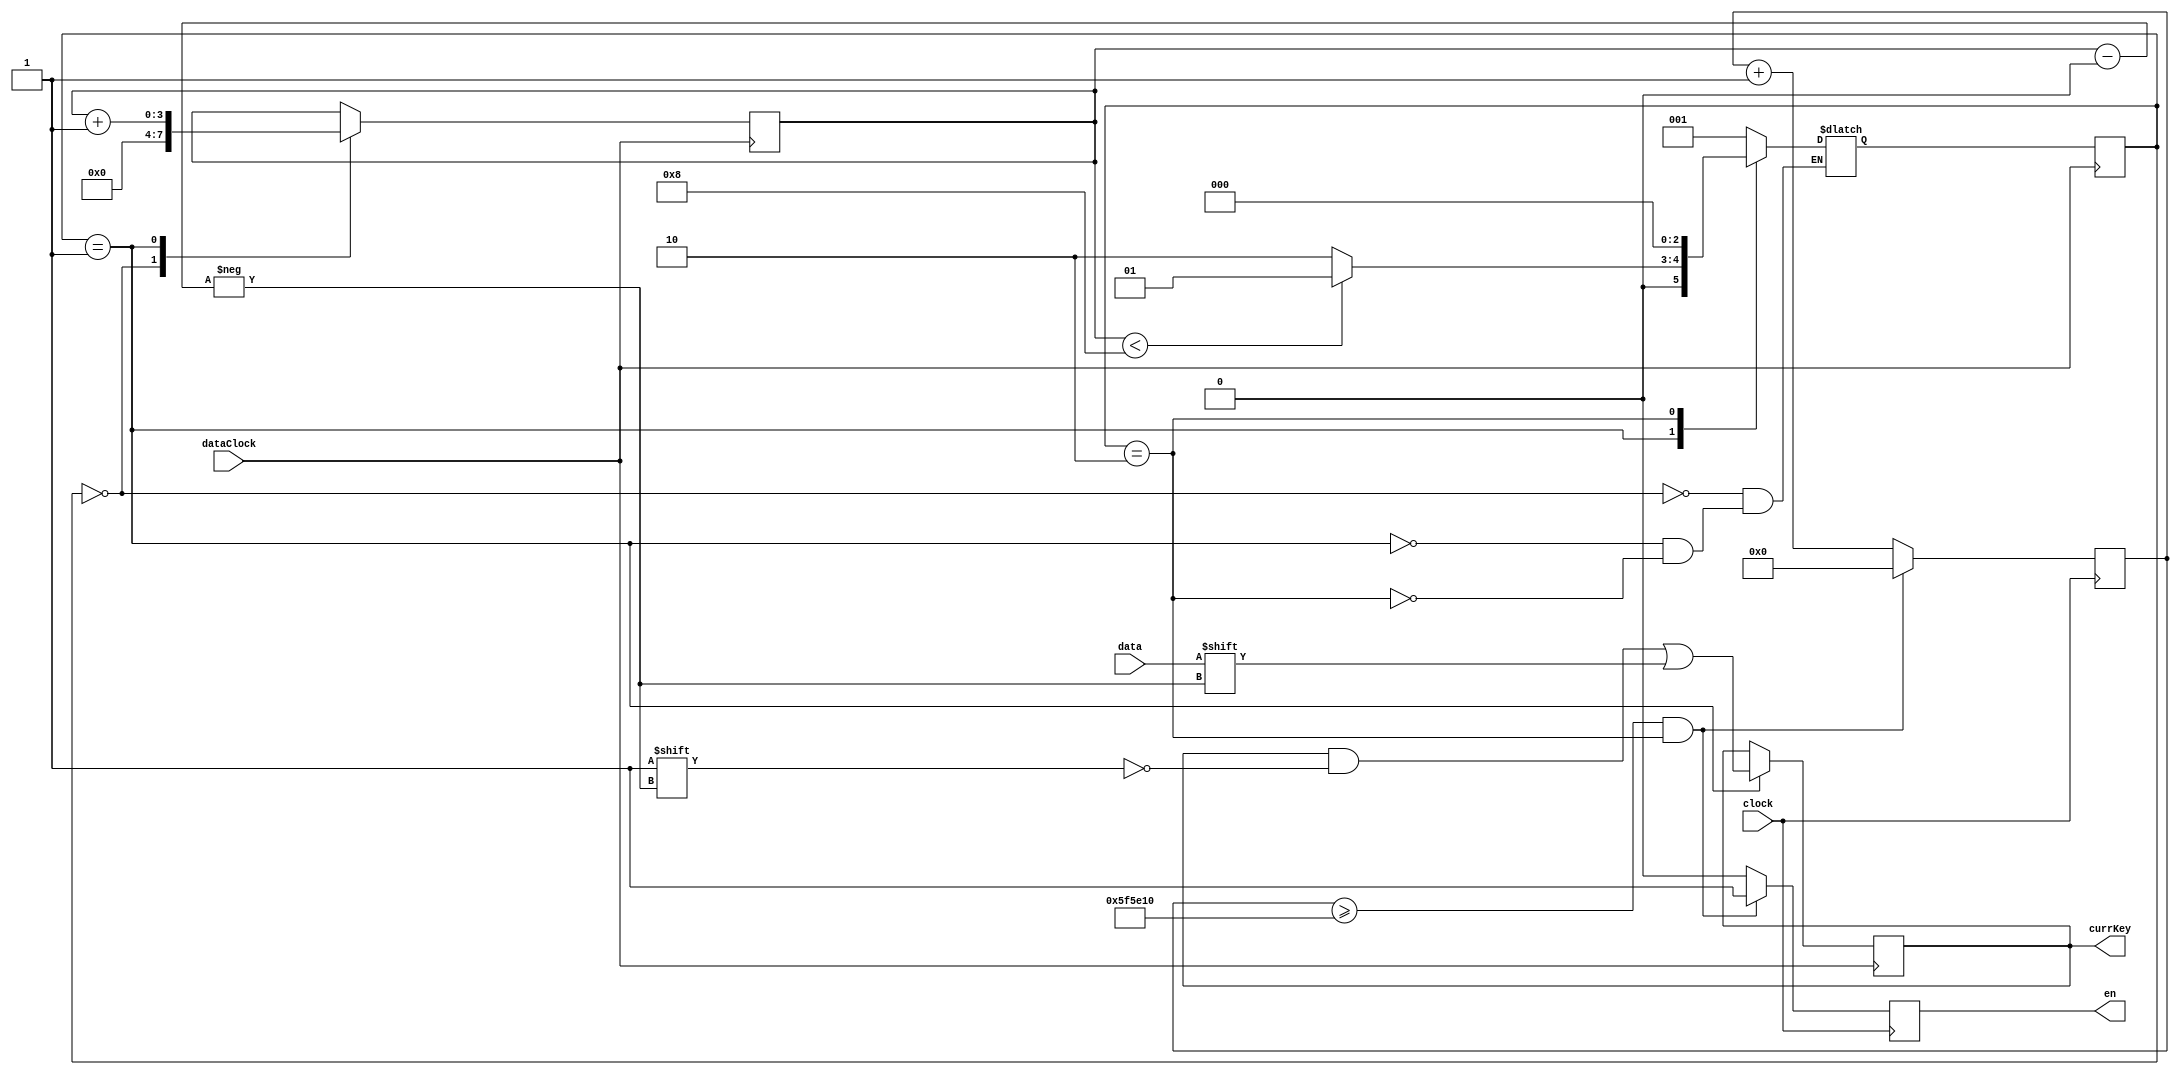
module keyboard(input clock,
                input dataClock,
					 input data,
					 output reg en,
					 output reg [7:0]currKey);
					  

reg [3:0]index;					  
reg [7:0]prevKey;
reg [25:0]counter;


reg [2:0]S;
reg [2:0]NS;



parameter startBit = 3'd0,
          getData = 3'd1,
			 update = 3'd2;

          			 
			 


always@(negedge dataClock) begin
    case(S)
	      
	      startBit: begin
			    index <= 0;
		   end
			getData: begin
			    currKey[index] <= data;
				 index <= index + 1'b1;
				    
			end
			update: begin
			    
				 prevKey <= currKey;
		      
			end
		   
			
	 endcase
    
end

always @(*) begin
    case(S) 
	     
	     startBit:
		     NS <= getData;
		  getData: begin
		     if (index < 8)
              NS <= getData;
           else 
              NS <= update; 
	     end		  
		  update:
		     NS <= startBit;
		  
		endcase
		
end

// can not add more states



always @(negedge dataClock) begin
   
		 
    S <= NS;
end

always @(posedge clock) begin
	 if (counter >= 26'd6_250_000 & S == update) begin
        en <= 1'b1;	 
	     counter <= 0;
		  
	 end else begin
	     en <= 1'b0;
		  counter <= counter + 1'b1;
		  
	 end
	 
   
end


   
	 
endmodule